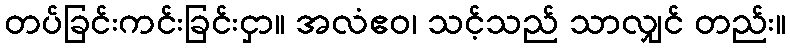
တပ်ခြင်းကင်းခြင်းငှာ။ အလံဧဝ၊ သင့်သည် သာလျှင် တည်း။